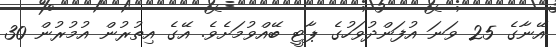
އޭނާގެ 25 ވަނަ އުފަންދުވަހުގެ ޕާޓީ ބޭއްވުމަށެވެ. އޭގެ އިތުރުން އުމުރުން 30